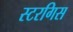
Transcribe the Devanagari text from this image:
स्टरगिस